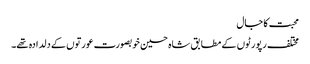
محبت کا جال
مختلف رپورٹوں کے مطابق شاہ حسین خوبصورت عورتوں کے دلدادہ تھے۔